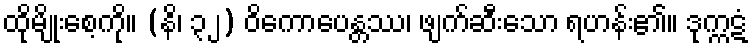
ထိုမျိုးစေ့ကို။ (နိ၊ ၃၂) ဝိကောပေန္တဿ၊ ဖျက်ဆီးသော ရဟန်း၏။ ဒုက္ကဋံ